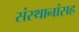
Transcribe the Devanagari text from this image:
संस्थानांसह